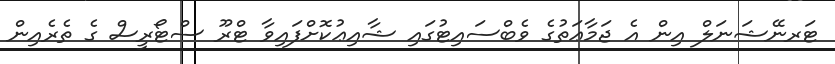
ޓަރނޭޝަނަލް އިން އެ ޖަމާޢަތުގެ ވެބްސައިޓުގައި ޝާއިޢުކޮށްފައިވާ ޓްރޫ ސްޓޯރީސް ގެ ތެރެއިން